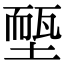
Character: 𡏵